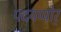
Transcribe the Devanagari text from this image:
पदयप्पोर्